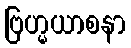
ဗြဟ္မယာစနာ